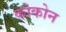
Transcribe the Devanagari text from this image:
कोकोन